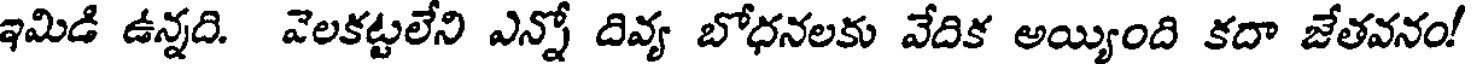
ఇమిడి ఉన్నది. వెలకట్టలేని ఎన్నో దివ్య బోధనలకు వేదిక అయ్యింది కదా జేతవనం!